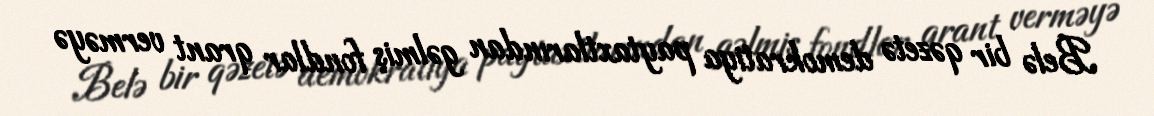
Belə bir qəzetə demokratiya paytaxtlarından gəlmiş fondlar qrant verməyə